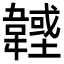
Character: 𩏟